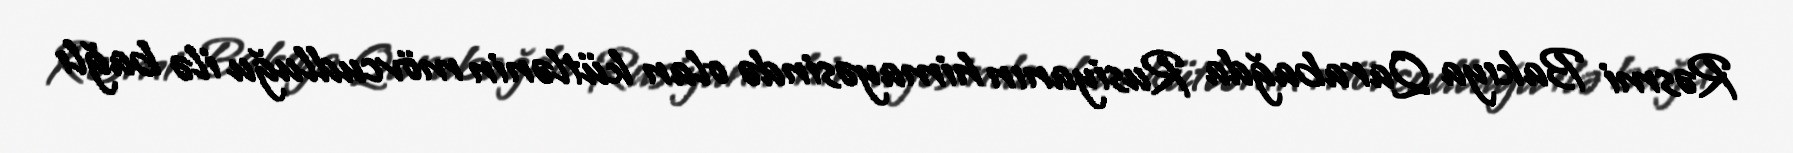
Rəsmi Bakıya Qarabağda Rusiyanın himayəsində olan kütlənin mövcudluğu ilə bağlı